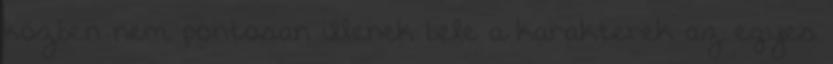
közben nem pontosan illenek bele a karakterek az egyes